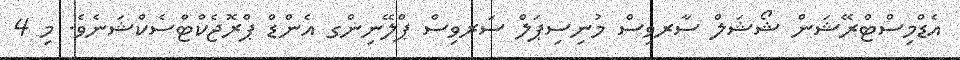
އެޑްމިސްޓްރޭޝަން ޝޯޝަލް ސާރވިސް މުނިސިޕަލް ސަރވިސް ޕްލޭނިންގ އެންޑް ޕްރޮޖެކްޓްސެކްޝަނެވެ. މި 4